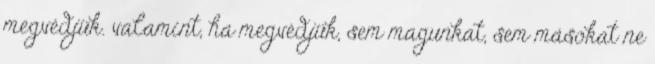
megvédjük. valamint, ha megvédjük, sem magunkat, sem másokat ne